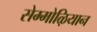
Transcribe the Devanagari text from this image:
सेम्मोऴियान